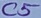
Text: C5